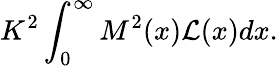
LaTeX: K^{2}\int_{0}^{\infty}M^{2}(x){\cal L}(x)dx.